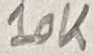
Text: 10K